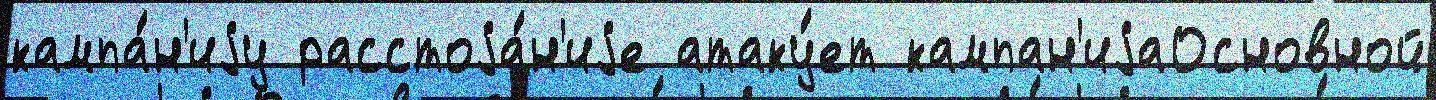
кампа́н'иjу расстоjа́н'иjе атаку́ет кампан'иjаОсновной